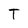
Character: T